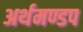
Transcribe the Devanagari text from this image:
अर्थमण्डप